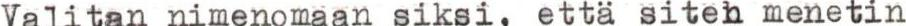
Valitan nimenomaan siksi, että siten menetin